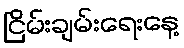
ငြိမ်းချမ်းရေးနေ့